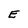
Character: E